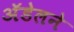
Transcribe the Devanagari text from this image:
अॅडेलने